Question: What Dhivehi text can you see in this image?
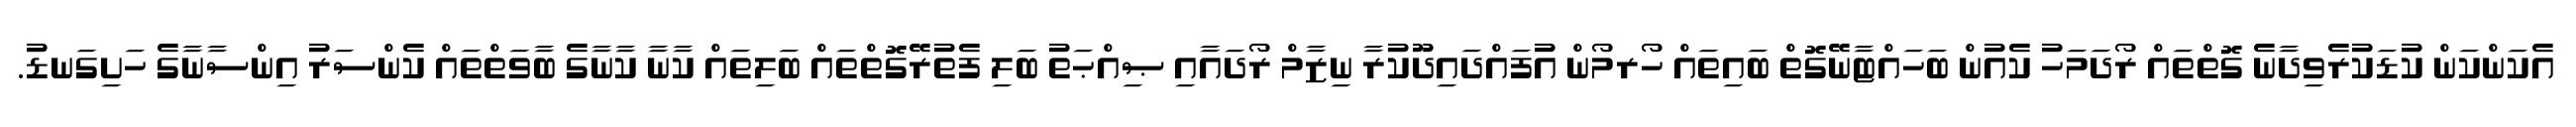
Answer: އެކަންކަން ކުޑަކުރެވިދާނެ ގޮތްތައް ރޯދަމަހު ކެއުން ބަހައްޓާނޭގޮތް ބައިތައް ހޯރމޯން އުފައްދައިދޫކުރާ ނިޒާމް ރޯދައާއި ޞިއްޙަތު ބަލި ފެތުރޭގޮތްތައް ބަލިތައް ކާނާ ކާނާގެ ބާވަތްތައް ކެންސަރު އިންސާނާގެ ހަށިގަނޑު.